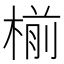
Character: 椾